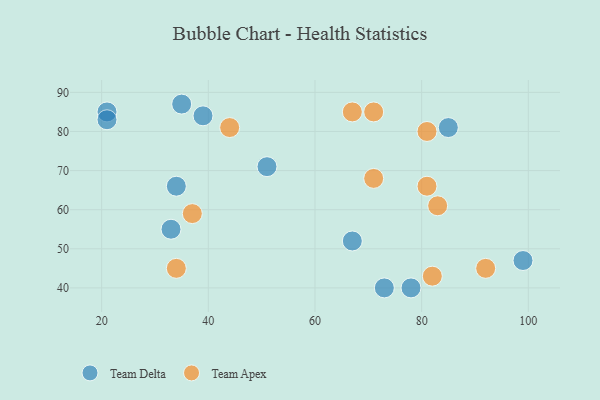
{"axis": {"x": "GDP", "y": "Life Expectancy"}, "legend": ["Team Apex", "Team Delta"], "data": [{"x": "33", "y": 55, "type": "Team Delta"}, {"x": "35", "y": 87, "type": "Team Delta"}, {"x": "99", "y": 47, "type": "Team Delta"}, {"x": "21", "y": 85, "type": "Team Delta"}, {"x": "67", "y": 52, "type": "Team Delta"}, {"x": "51", "y": 71, "type": "Team Delta"}, {"x": "85", "y": 81, "type": "Team Delta"}, {"x": "34", "y": 66, "type": "Team Delta"}, {"x": "39", "y": 84, "type": "Team Delta"}, {"x": "73", "y": 40, "type": "Team Delta"}, {"x": "78", "y": 40, "type": "Team Delta"}, {"x": "21", "y": 83, "type": "Team Delta"}, {"x": "71", "y": 68, "type": "Team Apex"}, {"x": "34", "y": 45, "type": "Team Apex"}, {"x": "82", "y": 43, "type": "Team Apex"}, {"x": "92", "y": 45, "type": "Team Apex"}, {"x": "71", "y": 85, "type": "Team Apex"}, {"x": "67", "y": 85, "type": "Team Apex"}, {"x": "44", "y": 81, "type": "Team Apex"}, {"x": "83", "y": 61, "type": "Team Apex"}, {"x": "37", "y": 59, "type": "Team Apex"}, {"x": "81", "y": 80, "type": "Team Apex"}, {"x": "81", "y": 66, "type": "Team Apex"}]}